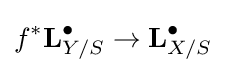
f^{*}\mathbf {L} _{Y/S}^{\bullet }\to \mathbf {L} _{X/S}^{\bullet }